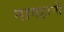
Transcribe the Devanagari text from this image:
नागहानी